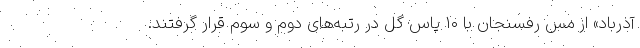
آذرباد» از مس رفسنجان با ۱۰ پاس گل در رتبه‌های دوم و سوم قرار گرفتند.